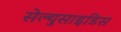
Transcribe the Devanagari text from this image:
सेल्युसाइडिस